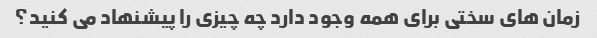
زمان های سختی برای همه وجود دارد چه چیزی را پیشنهاد می کنید؟